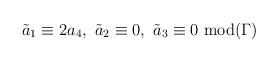
LaTeX: \begin{align*}\tilde a_1\equiv 2 a_4, \ \tilde a_2\equiv 0, \ \tilde a_3\equiv 0\ \hbox{mod} (\Gamma)\end{align*}